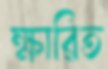
ক্ষারিত